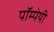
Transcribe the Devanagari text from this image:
पॉम्पेयी